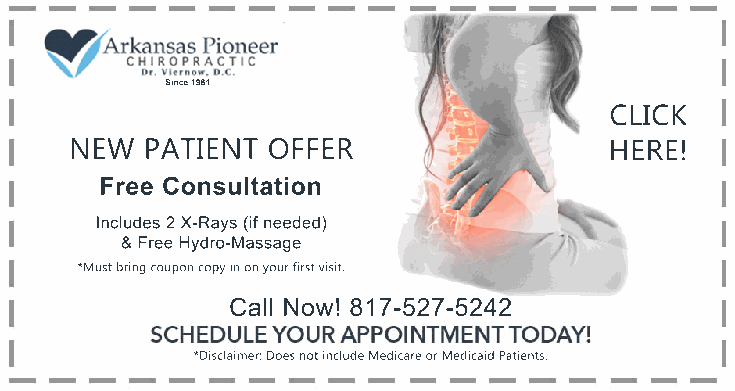
Since 1981
 CLICK
 NEW  PATIENT OFFER                 HERE!
 Free Consultation
 Includes 2 X-Rays (if needed)
 & Free Hydro-Massage
 *Must bring coupon copy in on your first visit.
 Call Now! 817-527-5242
 *Disclaimer: Does not include Medicare or Medicaid Patients.